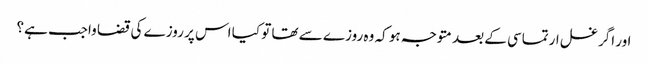
اور اگر غسل ارتماسی کے بعد متوجہ ہو کہ وہ روزے سے تھا تو کیا اس پر روزے کی قضا واجب ہے؟